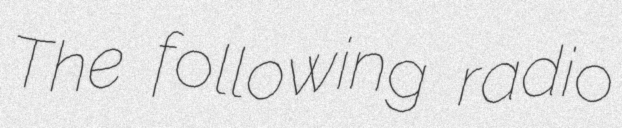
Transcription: The following radio